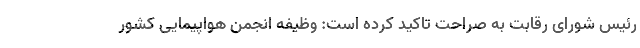
رئیس شورای رقابت به صراحت تاکید کرده است: وظیفه انجمن هواپیمایی کشور